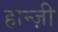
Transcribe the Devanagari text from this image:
हान्ज़ी